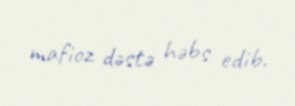
mafioz dəstə həbs edib.